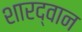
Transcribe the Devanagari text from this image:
शारद्वान